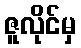
ဇူလိုင်မှ